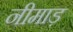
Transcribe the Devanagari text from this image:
नीमाड़